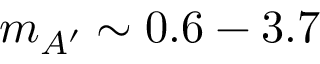
m _ { A ^ { \prime } } \sim 0 . 6 - 3 . 7